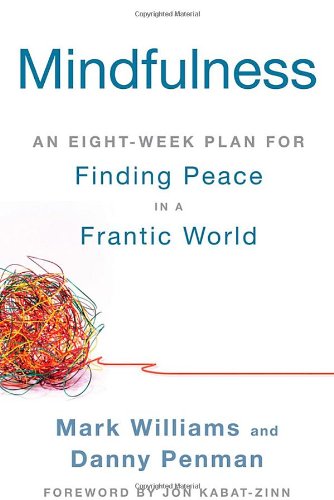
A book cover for Mindfulness: An Eight-Week Plan for Finding Peace in a Frantic World; Mark Williams; Health, Fitness & Dieting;